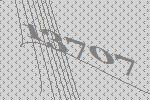
13707